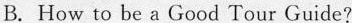
B.How to be a Good Tour Guide?